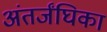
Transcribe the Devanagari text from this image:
अंतर्जंघिका